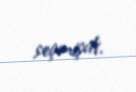
seçmişdi.